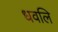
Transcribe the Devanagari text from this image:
धवलि